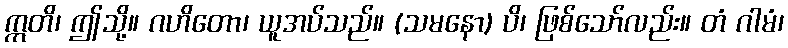
ဣတိ၊ ဤသို့။ ဂဟိတော၊ ယူအပ်သည်။ (သမနော) ပိ၊ ဖြစ်သော်လည်း။ တံ ဂါမံ၊